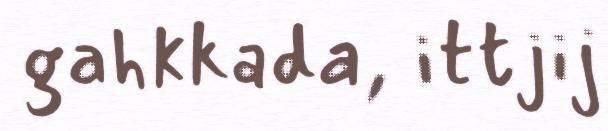
gahkkada, ittjij